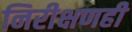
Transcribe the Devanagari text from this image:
निरीक्षणही